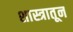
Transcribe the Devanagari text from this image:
शास्त्रातून